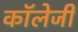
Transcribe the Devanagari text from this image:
कॉलेजी